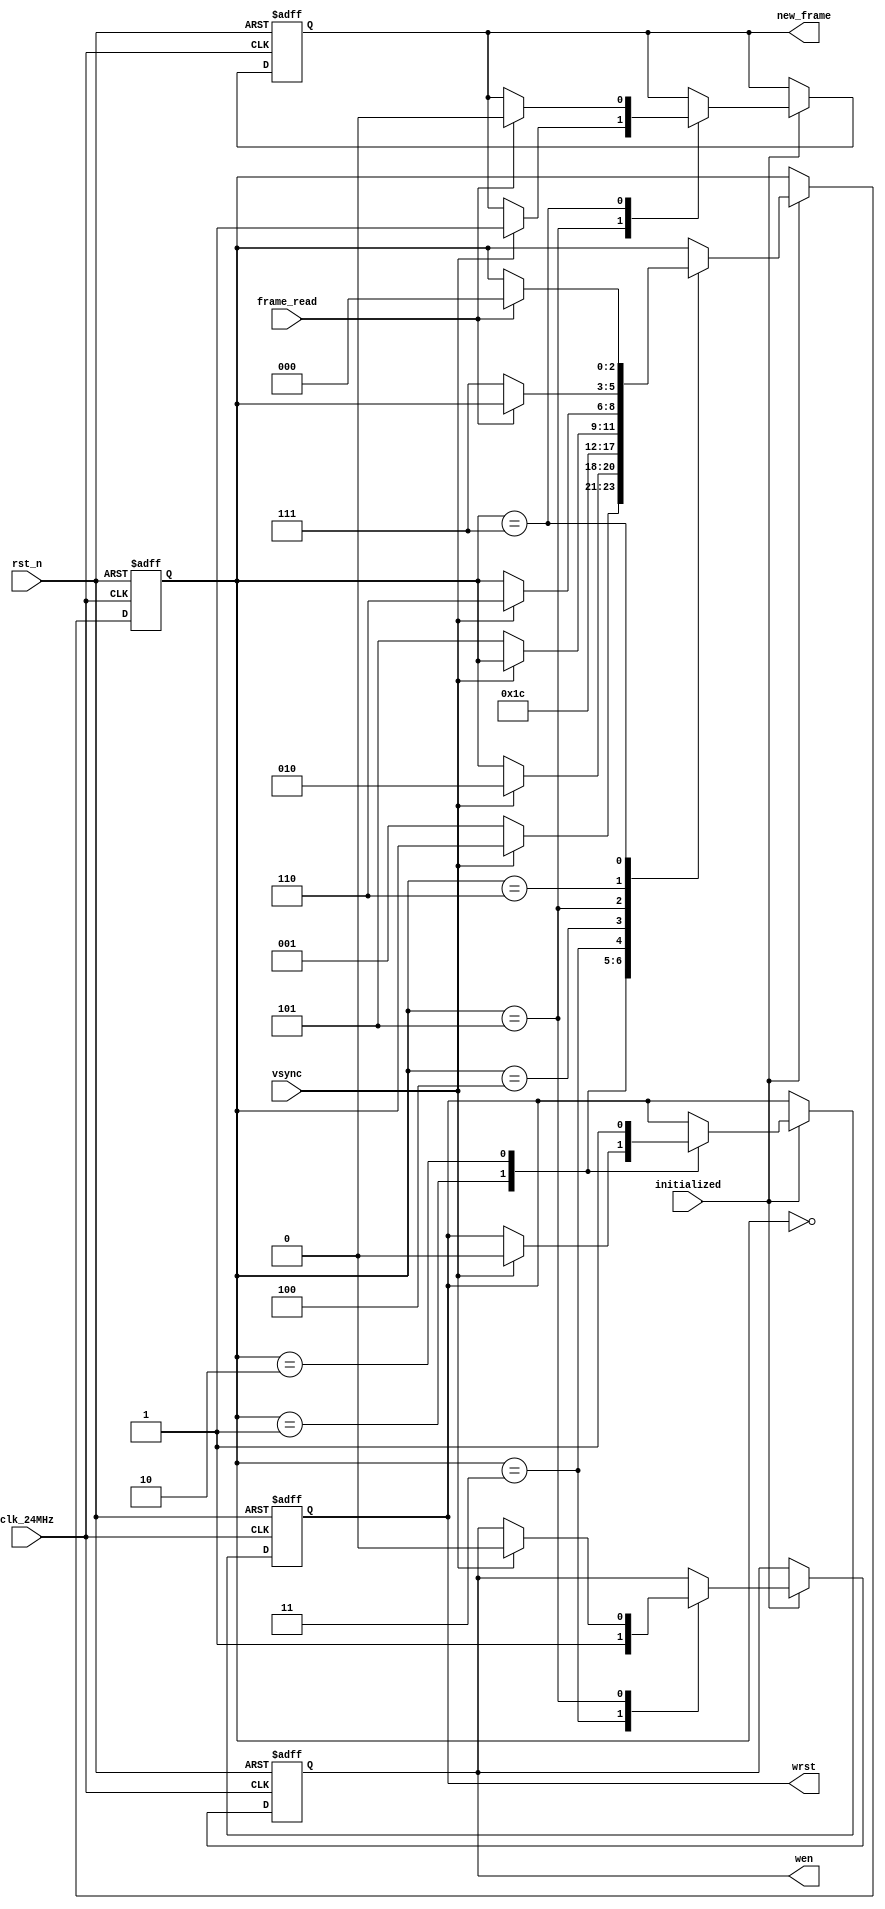
`timescale 1us / 1us

module OV_STORE (
    input clk_24MHz,
    input rst_n,
    input initialized,
    output reg wen = 1'b0,
    output reg wrst = 1'b1,
    input vsync,
    output reg new_frame = 1'b0,
    input frame_read
);    
    reg[3:0] frame_cnt = 1'd0;
    reg[2:0] state = 3'd0;
    always @(posedge clk_24MHz or negedge rst_n)
        if (!rst_n) begin
            wen <= 1'b0; wrst <= 1'b1;
            new_frame <= 1'b0;
            frame_cnt <= 1'd0;
            state <= 3'd0;
        end else if (initialized)
        case (state)
        3'd0: if (!vsync) state <= 3'd1; // wait vsync negedge
        3'd1: if (vsync) begin wrst <= 1'b0; state <= 3'd2; end // wait vsync posedge, write reset
        3'd2: begin wrst <= 1'b1; state <= 3'd3; end
        3'd3: begin wen <= 1'b1; state <= 3'd4; end // write enable
        3'd4: if (!vsync) state <= 3'd5; // wait vsync negedge, frame written
        3'd5: if (vsync) begin // wait vsync posedge
            wen <= 1'b0; // write disable
            new_frame <= 1'b1; state <= 3'd6;
        end
        3'd6: if (!frame_read) state <= 3'd7; // wait read begin
        3'd7: if (frame_read) begin new_frame <= 1'b0; state <= 3'd0; end
        endcase
endmodule